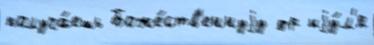
получа́ешь Боже́ств'еннуjу др иjу́л'я